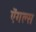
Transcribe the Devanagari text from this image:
ऐंगल्स